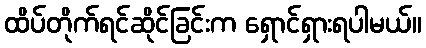
ထိပ်တိုက်ရင်ဆိုင်ခြင်းက ရှောင်ရှားရပါမယ်။